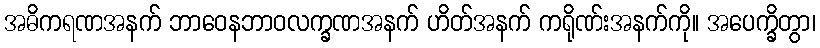
အဓိကရဏအနက် ဘာဝေနဘာဝလက္ခဏအနက် ဟိတ်အနက် ကရိုဏ်းအနက်ကို။ အပေက္ခိတွာ၊